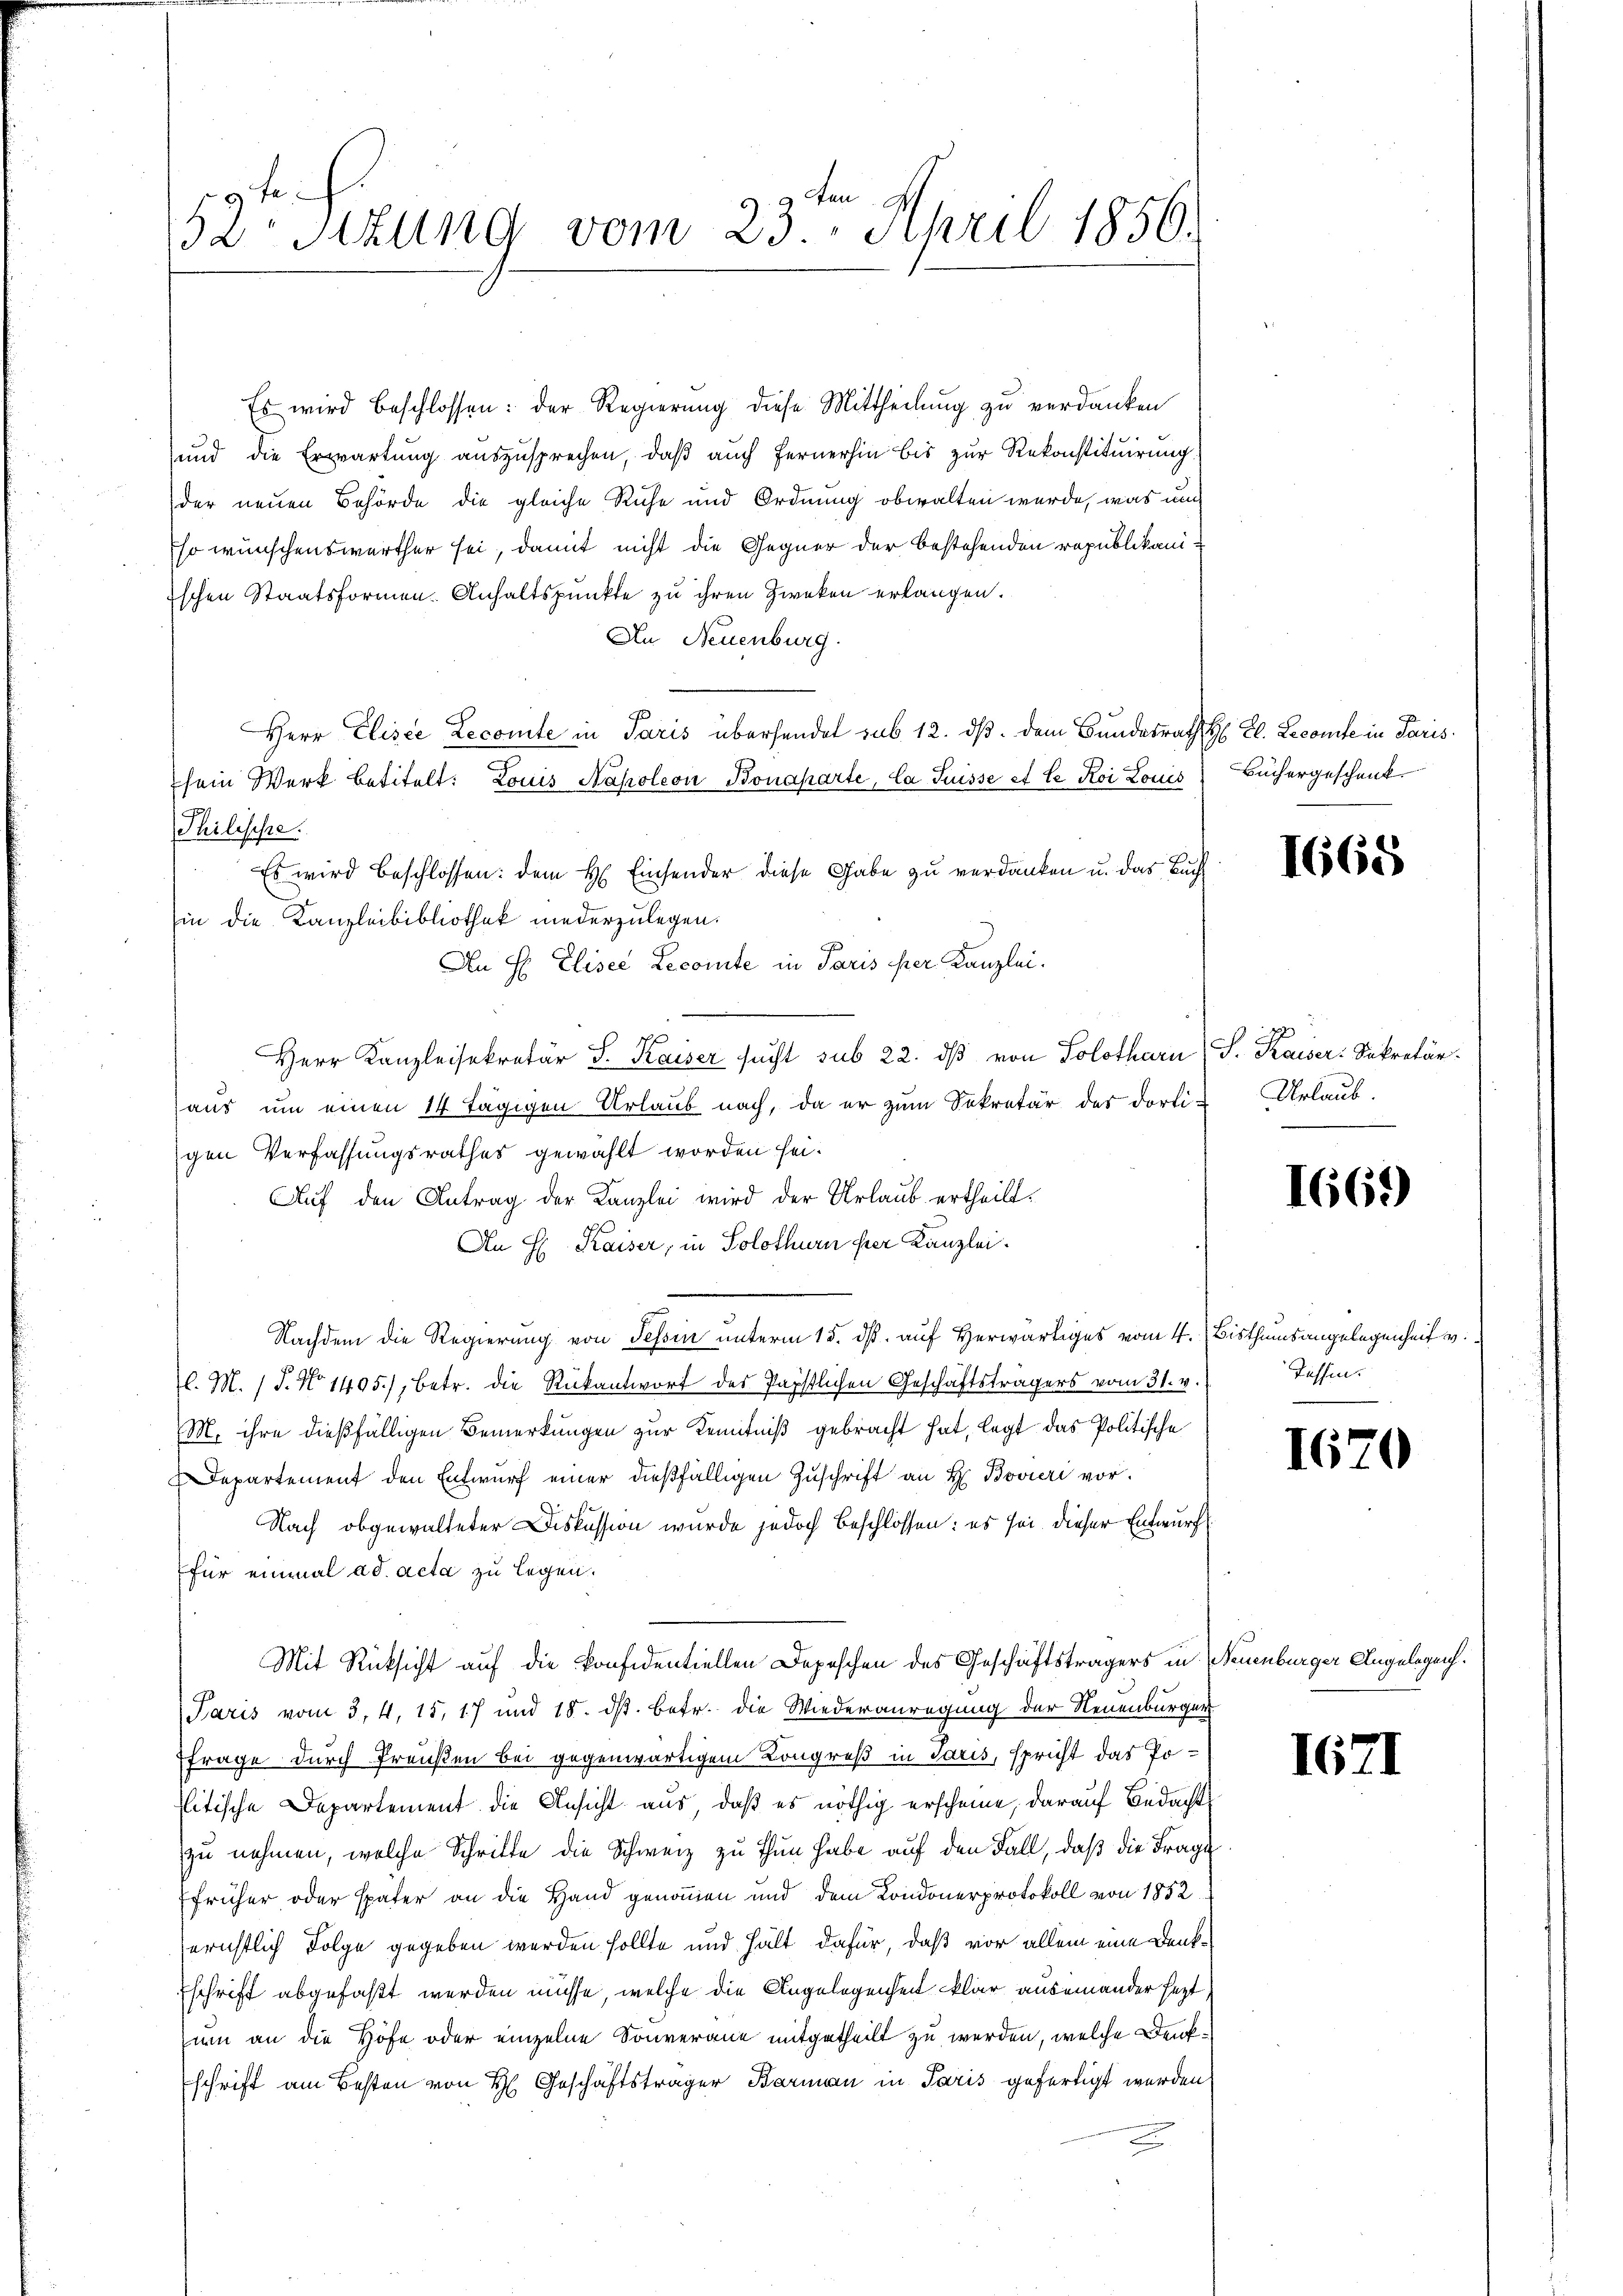
ten
52 Sitzung vom 23. April 1856.

Es wird beschlossen: der Regierung diese Mittheilung zu verdanken
e
und die Erwartung auszusprechen, daß auch fernerhin bis zur Rekonstituirung.
der neuen Behörde die gleiche Ruhe und Ordnung obwalten werde, was un
Eso wünschenswerther sei, damit nicht die Gegner der bestehenden republikani¬
Eschen Staatsformen. Anhaltspunkte zu ihren Zweken erlangen.
An Neuenburg.
Herr Elisce Lecomte in Paris übersendet sub 12. ds. dem Bundesrath H. Cl. Le conte in Paris.
sein Werk betitelt: Louis Napoleon Bonaparte, la Suisse et le Koi Louis
Thilische.
Es wird beschlossen: dem H. Einsender diese Gabe zu verdanken u. das Buch
Ein die Kanzleibibliothek niederzulegen.
An H. Elisel Lecomite in Paris per Kanzlei.
sch
Herr Kanzleisekretär J. Kaiser sucht sub 22. dβ von Solothurn (S. Kaiser Sekretär.
aus um einen 14 tägigen Urlaub nach, da er zum Sekretär des dorti-Urlaub.
gen Verfassungsrathes gewählt worden sei.
Auf den Antrag der Kanzlei wird der Urlaub ertheilt.
An H. Kaiser, in Solothurn her Kanzlei.
Nachdem die Regierung von Tessin unterm 15. dß. auf Herwärtiges vom 4. Bisthumsangelegenheit v.
l. M. / J. No 1405), betr. die Rückantwort des Papstlichen Geschäftsträgers vom 31. v.
M. ihre dießfälligen Bemerkungen zur Kenntniß gebracht hat, legt das Politische
Departement den Entwurf einer dießfälligen Zuschrift an H. Bovieri vor.
Nach obgewalteter Diskussion wurde jedoch beschlossen: es sei dieser Entwurf
für einmal ad acta zu legen.
Mit Rücksicht auf die Konfidentiellen Depeschen des Geschäftsträgers in Neuenburger Angelegen.
Paris vom 3. 4. 15, 17 und 18. ds. betr. die Wiederanregung der Neuenburger
frage durch Preußen bei gegenwärtigem Kongreß in Paris, spricht das Politische Departement die Ansicht aus, daß es nöthig erscheine, darauf Bedacht
zu nehmen, welche Schritte die Schweiz zu thun habe auf den Fall, daß die Frage
früher oder später an die Hand genommen und dem Kondonerprotokoll von 1852
erichtlich Folge gegeben werden sollte und hält dafür, daß vor allem eine Denk¬
Eschrift abgefaßt werden müsse, welche die Angelegenheit klar auseinander sezt.
um an die Höfe oder einzelne Souverane mitgetheilt zu werden, welche Denkschrift am Besten von H. Geschäftsträger Barman in Paris gefertigt werden
x

Büchergeschenk.

1668

1669

Tassen.

1670

1671